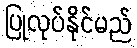
ပြုလုပ်နိုင်မည်